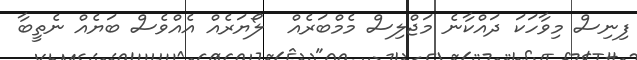
ފިނިސް މިވާހަކަ ދައްކާނެ މަޖްލިސް މެމްބަރެއް  ލޯޔަރެއް އެއްވެސް ބަޔެއް ނެތީބާ